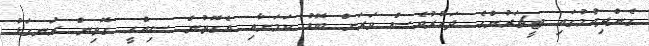
ގެންދިއުމުގައި ޓީޗަރުންގެ ދައުރުވެސް ވަރަށް ބޮޑު ކަމަށާއި އެގޮތުން ސިއްހީ ގޮތިން ރަނގަޅު